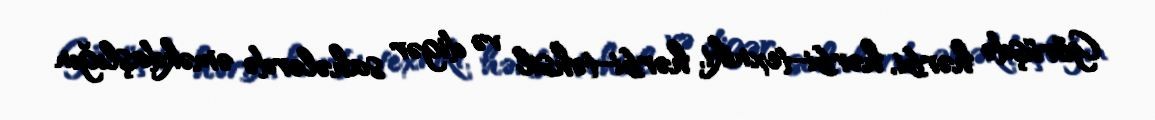
Görüşdə hərbi, hərbi-texniki, hərbi-təhsil və digər sahələrdə əməkdaşlığın